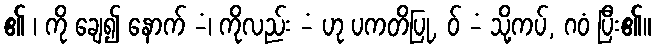
၏ ၊ ကို ချေ၍ နောက် -ံ၊ ကိုလည်း -ံ ဟု ပကတိပြု, ဝ် -ံ သို့ကပ်, ဂဝံ ပြီး၏။